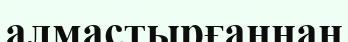
алмастырғаннан